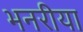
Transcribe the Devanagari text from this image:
भनरीया